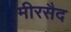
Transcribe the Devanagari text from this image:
मीरसैद